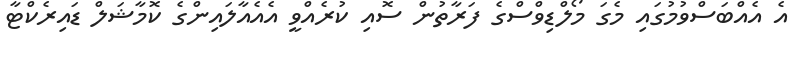
އެ އެއްބަސްވުމުގައި މެގަ މޯލްޑިވްސްގެ ފަރާތުން ސޮއި ކުރެއްވީ އެއެއާލައިންގެ ކޮމާޝަލް ޑައިރެކްޓާ